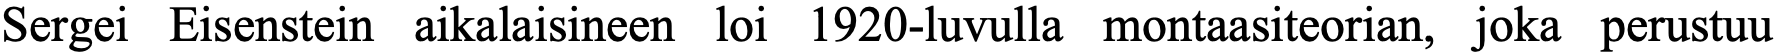
Sergei Eisenstein aikalaisineen loi 1920-luvulla montaasiteorian, joka perustuu